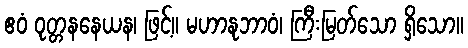
ဧဝံ ဝုတ္တနနေယန၊ ဖြင့်။ မဟာနုဘာဝံ၊ ကြီးမြတ်သော ရှိသော။